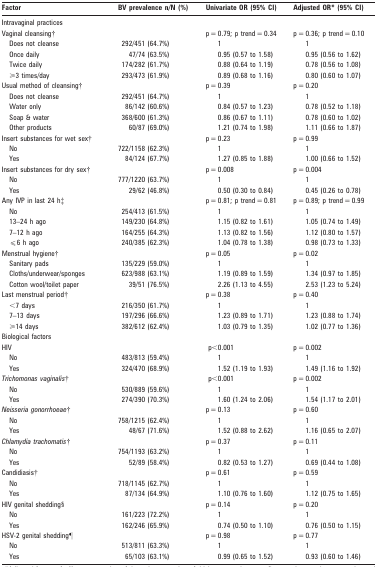
<table><thead><tr><td><b>Factor</b></td><td><b>BV prevalence n/N (%)</b></td><td><b>Univariate OR (95% CI)</b></td><td><b>Adjusted OR* (95% CI)</b></td></tr></thead><tbody><tr><td colspan="4">Intravaginal practices</td></tr><tr><td>Vaginal cleansing†</td><td></td><td>p = 0.79; p trend = 0.34</td><td>p = 0.36; p trend = 0.10</td></tr><tr><td>Does not cleanse</td><td>292/451 (64.7%)</td><td>1</td><td>1</td></tr><tr><td>Once daily</td><td>47/74 (63.5%)</td><td>0.95 (0.57 to 1.58)</td><td>0.95 (0.56 to 1.62)</td></tr><tr><td>Twice daily</td><td>174/282 (61.7%)</td><td>0.88 (0.64 to 1.19)</td><td>0.78 (0.56 to 1.08)</td></tr><tr><td>⩾3 times/day</td><td>293/473 (61.9%)</td><td>0.89 (0.68 to 1.16)</td><td>0.80 (0.60 to 1.07)</td></tr><tr><td>Usual method of cleansing†</td><td></td><td>p = 0.39</td><td>p = 0.20</td></tr><tr><td>Does not cleanse</td><td>292/451 (64.7%)</td><td>1</td><td>1</td></tr><tr><td>Water only</td><td>86/142 (60.6%)</td><td>0.84 (0.57 to 1.23)</td><td>0.78 (0.52 to 1.18)</td></tr><tr><td>Soap &amp; water</td><td>368/600 (61.3%)</td><td>0.86 (0.67 to 1.11)</td><td>0.78 (0.60 to 1.02)</td></tr><tr><td>Other products</td><td>60/87 (69.0%)</td><td>1.21 (0.74 to 1.98)</td><td>1.11 (0.66 to 1.87)</td></tr><tr><td>Insert substances for wet sex†</td><td></td><td>p = 0.23</td><td>p = 0.99</td></tr><tr><td>No</td><td>722/1158 (62.3%)</td><td>1</td><td>1</td></tr><tr><td>Yes</td><td>84/124 (67.7%)</td><td>1.27 (0.85 to 1.88)</td><td>1.00 (0.66 to 1.52)</td></tr><tr><td>Insert substances for dry sex†</td><td></td><td>p = 0.008</td><td>p = 0.004</td></tr><tr><td>No</td><td>777/1220 (63.7%)</td><td>1</td><td>1</td></tr><tr><td>Yes</td><td>29/62 (46.8%)</td><td>0.50 (0.30 to 0.84)</td><td>0.45 (0.26 to 0.78)</td></tr><tr><td>Any IVP in last 24 h‡</td><td></td><td>p = 0.81; p trend = 0.81</td><td>p = 0.89; p trend = 0.99</td></tr><tr><td>No</td><td>254/413 (61.5%)</td><td>1</td><td>1</td></tr><tr><td>13–24 h ago</td><td>149/230 (64.8%)</td><td>1.15 (0.82 to 1.61)</td><td>1.05 (0.74 to 1.49)</td></tr><tr><td>7–12 h ago</td><td>164/255 (64.3%)</td><td>1.13 (0.82 to 1.56)</td><td>1.12 (0.80 to 1.57)</td></tr><tr><td>⩽6 h ago</td><td>240/385 (62.3%)</td><td>1.04 (0.78 to 1.38)</td><td>0.98 (0.73 to 1.33)</td></tr><tr><td>Menstrual hygiene†</td><td></td><td>p = 0.05</td><td>p = 0.02</td></tr><tr><td>Sanitary pads</td><td>135/229 (59.0%)</td><td>1</td><td>1</td></tr><tr><td>Cloths/underwear/sponges</td><td>623/988 (63.1%)</td><td>1.19 (0.89 to 1.59)</td><td>1.34 (0.97 to 1.85)</td></tr><tr><td>Cotton wool/toilet paper</td><td>39/51 (76.5%)</td><td>2.26 (1.13 to 4.55)</td><td>2.53 (1.23 to 5.24)</td></tr><tr><td>Last menstrual period†</td><td></td><td>p = 0.38</td><td>p = 0.40</td></tr><tr><td>&lt;7 days</td><td>216/350 (61.7%)</td><td>1</td><td>1</td></tr><tr><td>7–13 days</td><td>197/296 (66.6%)</td><td>1.23 (0.89 to 1.71)</td><td>1.23 (0.88 to 1.74)</td></tr><tr><td>⩾14 days</td><td>382/612 (62.4%)</td><td>1.03 (0.79 to 1.35)</td><td>1.02 (0.77 to 1.36)</td></tr><tr><td colspan="4">Biological factors</td></tr><tr><td>HIV</td><td></td><td>p&lt;0.001</td><td>p = 0.002</td></tr><tr><td>No</td><td>483/813 (59.4%)</td><td>1</td><td>1</td></tr><tr><td>Yes</td><td>324/470 (68.9%)</td><td>1.52 (1.19 to 1.93)</td><td>1.49 (1.16 to 1.92)</td></tr><tr><td><i>Trichomonas vaginalis†</i></td><td></td><td>p&lt;0.001</td><td>p = 0.002</td></tr><tr><td>No</td><td>530/889 (59.6%)</td><td>1</td><td>1</td></tr><tr><td>Yes</td><td>274/390 (70.3%)</td><td>1.60 (1.24 to 2.06)</td><td>1.54 (1.17 to 2.01)</td></tr><tr><td><i>Neisseria gonorrhoeae</i>†</td><td></td><td>p = 0.13</td><td>p = 0.60</td></tr><tr><td>No</td><td>758/1215 (62.4%)</td><td>1</td><td>1</td></tr><tr><td>Yes</td><td>48/67 (71.6%)</td><td>1.52 (0.88 to 2.62)</td><td>1.16 (0.65 to 2.07)</td></tr><tr><td><i>Chlamydia trachomatis</i>†</td><td></td><td>p = 0.37</td><td>p = 0.11</td></tr><tr><td>No</td><td>754/1193 (63.2%)</td><td>1</td><td>1</td></tr><tr><td>Yes</td><td>52/89 (58.4%)</td><td>0.82 (0.53 to 1.27)</td><td>0.69 (0.44 to 1.08)</td></tr><tr><td>Candidiasis†</td><td></td><td>p = 0.61</td><td>p = 0.59</td></tr><tr><td>No</td><td>718/1145 (62.7%)</td><td>1</td><td>1</td></tr><tr><td>Yes</td><td>87/134 (64.9%)</td><td>1.10 (0.76 to 1.60)</td><td>1.12 (0.75 to 1.65)</td></tr><tr><td>HIV genital shedding§</td><td></td><td>p = 0.14</td><td>p = 0.20</td></tr><tr><td>No</td><td>161/223 (72.2%)</td><td>1</td><td>1</td></tr><tr><td>Yes</td><td>162/246 (65.9%)</td><td>0.74 (0.50 to 1.10)</td><td>0.76 (0.50 to 1.15)</td></tr><tr><td>HSV-2 genital shedding¶</td><td></td><td>p = 0.98</td><td>p = 0.77</td></tr><tr><td>No</td><td>513/811 (63.3%)</td><td>1</td><td>1</td></tr><tr><td>Yes</td><td>65/103 (63.1%)</td><td>0.99 (0.65 to 1.52)</td><td>0.93 (0.60 to 1.46)</td></tr></tbody></table>